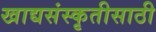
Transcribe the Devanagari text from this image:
खाद्यसंस्कृतीसाठी